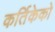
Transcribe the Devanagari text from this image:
कर्तिकेको